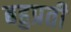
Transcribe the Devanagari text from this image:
बहुप्रती